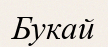
Букай